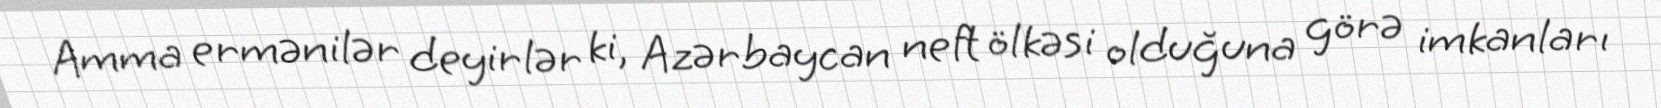
Amma ermənilər deyirlər ki, Azərbaycan neft ölkəsi olduğuna görə imkanları